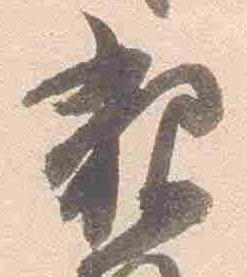
親